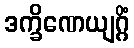
ဒက္ခိဏေယျဂ္ဂိံ